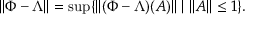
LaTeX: \| \Phi - \Lambda \| = \operatorname* { s u p } \{ \| ( \Phi - \Lambda ) ( A ) \| \; | \; \| A \| \leq 1 \} .